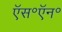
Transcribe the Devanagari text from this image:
ऍस॰ऍन॰